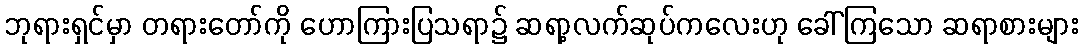
ဘုရားရှင်မှာ တရားတော်ကို ဟောကြားပြသရာ၌ ဆရာ့လက်ဆုပ်ကလေးဟု ခေါ်ကြသော ဆရာစားများ